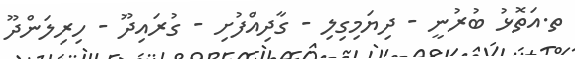
ތ.އަތޮޅު ބުރުނީ - ދިޔަމިގިލި - ގާދިއްފުށި - ގުރައިދޫ - ހިރިލަންދޫ